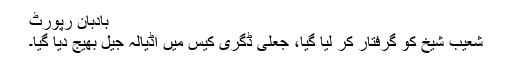
بادبان رپورٹ
شعیب شیخ کو گرفتار کر لیا گیا، جعلی ڈگری کیس میں اڈیالہ جیل بھیج دیا گیا۔